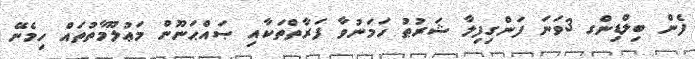
ފެން ބިލްޑިންގ 3ވަނަ ފަންގިފިލާ ޝަރުޠު ހަމަނުވާ ފަރާތްތަކާއި ޞައްޙަނޫން މަޢުލޫމާތުތައް ހިމެނޭ